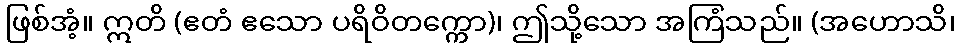
ဖြစ်အံ့။ ဣတိ (ဧတံ ဧသော ပရိဝိတက္ကော)၊ ဤသို့သော အကြံသည်။ (အဟောသိ၊